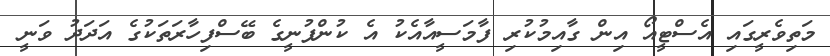
މަތިވެރީގައި އެސްޓީއޯ އިން ގާއިމުކުރި ފާމަސީއާއެކު އެ ކުންފުނީގެ ބޭސްފިހާރަތަކުގެ އަދަދު ވަނީ